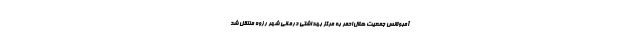
آمبولانس جمعیت هلال‌احمر به مرکز بهداشتی درمانی شهر رزوه منتقل شد